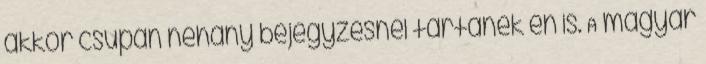
akkor csupán néhány bejegyzésnél tartanék én is. A magyar